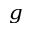
_ g